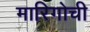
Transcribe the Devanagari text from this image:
मारिगोची